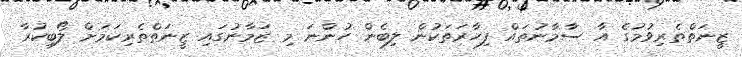
ޒީނަތްތެރިވުމުގެ އާ ސާމާނުތައް ފިހާރަތަކުން ލިބެން ހުންނަ މި ޒަމާނުގައި ޒީނަތްތެރިކަމަށް ލޯބިކުރާ